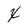
Character: X